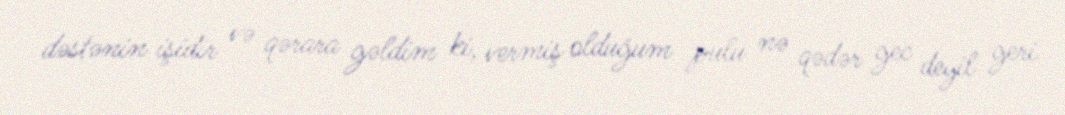
dəstənin işidir və qərara gəldim ki, vermiş olduğum pulu nə qədər gec deyil geri